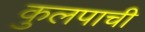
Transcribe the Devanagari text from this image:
कुलपाची